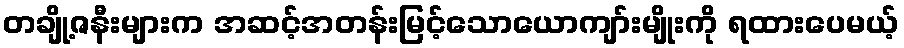
တချို့ဇနီးများက အဆင့်အတန်းမြင့်သောယောကျာ်းမျိုးကို ရထားပေမယ့်